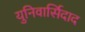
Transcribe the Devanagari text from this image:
युनिवार्सिदाद